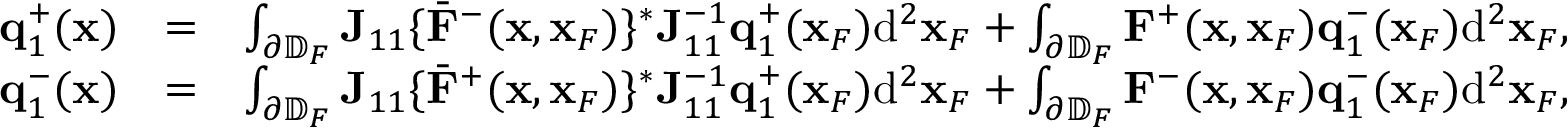
\begin{array} { r l r } { { \bf q } _ { 1 } ^ { + } ( { \bf x } ) } & { = } & { \int _ { \partial \mathbb { D } _ { F } } { \bf J } _ { 1 1 } \{ { { \bar { \bf F } } } ^ { - } ( { \bf x } , { \bf x } _ { F } ) \} ^ { * } { \bf J } _ { 1 1 } ^ { - 1 } { \bf q } _ { 1 } ^ { + } ( { \bf x } _ { F } ) \mathrm { d } ^ { 2 } { \bf x } _ { F } + \int _ { \partial \mathbb { D } _ { F } } { \bf F } ^ { + } ( { \bf x } , { \bf x } _ { F } ) { \bf q } _ { 1 } ^ { - } ( { \bf x } _ { F } ) \mathrm { d } ^ { 2 } { \bf x } _ { F } , } \\ { { \bf q } _ { 1 } ^ { - } ( { \bf x } ) } & { = } & { \int _ { \partial \mathbb { D } _ { F } } { \bf J } _ { 1 1 } \{ { { \bar { \bf F } } } ^ { + } ( { \bf x } , { \bf x } _ { F } ) \} ^ { * } { \bf J } _ { 1 1 } ^ { - 1 } { \bf q } _ { 1 } ^ { + } ( { \bf x } _ { F } ) \mathrm { d } ^ { 2 } { \bf x } _ { F } + \int _ { \partial \mathbb { D } _ { F } } { \bf F } ^ { - } ( { \bf x } , { \bf x } _ { F } ) { \bf q } _ { 1 } ^ { - } ( { \bf x } _ { F } ) \mathrm { d } ^ { 2 } { \bf x } _ { F } , } \end{array}